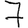
Digit: 7